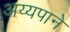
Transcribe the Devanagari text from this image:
अय्यपाने